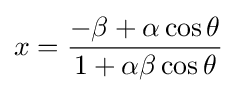
x={\frac {-\beta +\alpha \cos \theta }{1+\alpha \beta \cos \theta }}